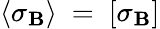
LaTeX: \langle{\sigma_{\mathbf{B}}}\rangle~=~[\sigma_{\mathbf{B}}]